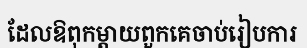
ដែលឱពុកម្តាយពួកគេចាប់រៀបការ